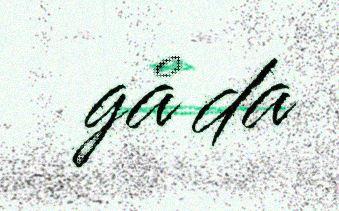
gå da